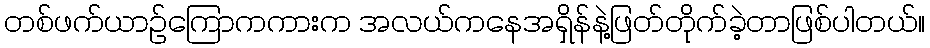
တစ်ဖက်ယာဉ်ကြောကကားက အလယ်ကနေအရှိန်နဲ့ဖြတ်တိုက်ခဲ့တာဖြစ်ပါတယ်။